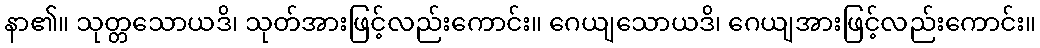
နာ၏။ သုတ္တသောယဒိ၊ သုတ်အားဖြင့်လည်းကောင်း။ ဂေယျသောယဒိ၊ ဂေယျအားဖြင့်လည်းကောင်း။